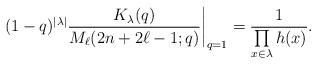
\begin{gather*}(1-q)^{|\lambda|} \frac{K_{\lambda}(q)}{M_{\ell}(2 n+2 \ell - 1 ;q)}\bigg |_{q=1} = {1 \over \prod\limits_{x \in \lambda} h(x)}.\end{gather*}